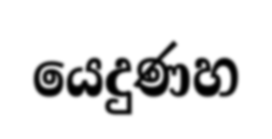
යෙදුණහ